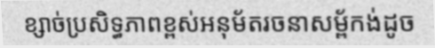
ខ្សាច់ប្រសិទ្ធភាពខ្ពស់អនុម័តរចនាសម្ព័កង់ដូច